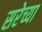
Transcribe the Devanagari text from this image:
सरेच्या